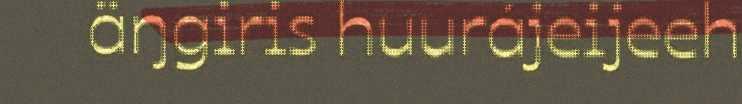
äŋgiris huurájeijeeh